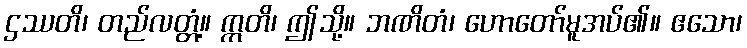
ဌဿတိ၊ တည်လတ္တံ့။ ဣတိ၊ ဤသို့။ ဘဏိတံ၊ ဟောတော်မူအပ်၏။ ဧသော၊